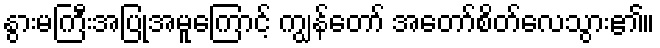
နွားမကြီးအပြုအမူကြောင့် ကျွန်တော် အတော်စိတ်လေသွား၏။